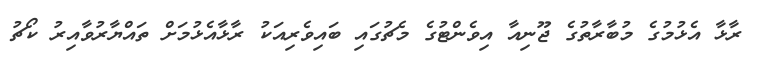
ރާޅާ އެޅުމުގެ މުބާރާތުގެ ޖޫނިއާ އިވެންޓުގެ މެޗުގައި ބައިވެރިއަކު ރާޅާއެޅުމަށް ތައްޔާރުވާއިރު ކޯޗު